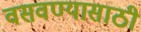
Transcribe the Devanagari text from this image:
वसवण्यासाठी